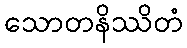
သောတနိဿိတံ